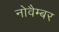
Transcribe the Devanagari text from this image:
नोवैम्बर